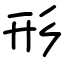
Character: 形